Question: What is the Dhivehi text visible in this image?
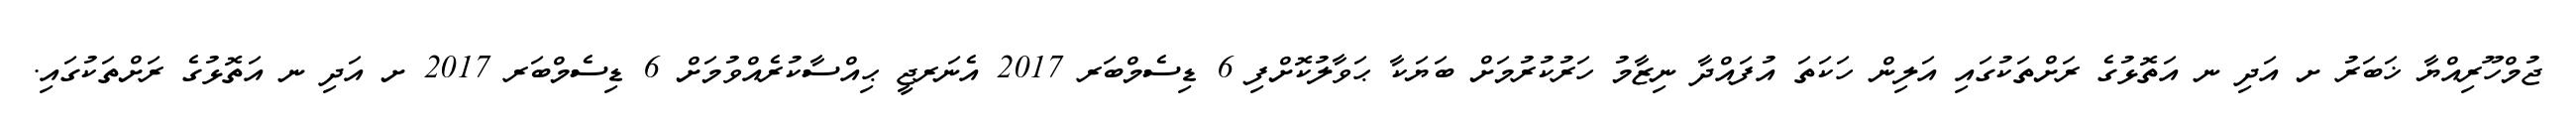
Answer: ޖުމްހޫރިއްޔާ ޚަބަރު ށ އަދި ނ އަތޮޅުގެ ރަށްތަކުގައި އަލިން ހަކަތަ އުފައްދާ ނިޒާމު ހަރުކުރުމަށް ބަޔަކާ ޙަވާލުކޮށްފި 6 ޑިސެމްބަރ 2017 އެނަރޖީ ޙިއްސާކުރެއްވުމަށް 6 ޑިސެމްބަރ 2017 ށ އަދި ނ އަތޮޅުގެ ރަށްތަކުގައި.